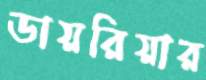
ডায়রিয়ার